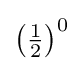
\left({\tfrac {1}{2}}\right)^{0}